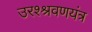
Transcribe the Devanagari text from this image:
उरश्श्रवणयंत्र